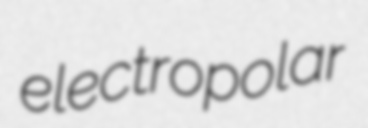
electropolar